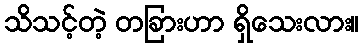
သိသင့်တဲ့ တခြားဟာ ရှိသေးလား။